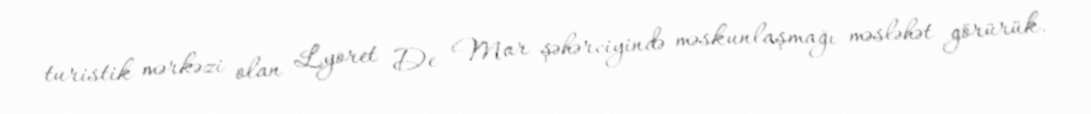
turistik mərkəzi olan Lyoret De Mar şəhərciyində məskunlaşmağı məsləhət görürük.